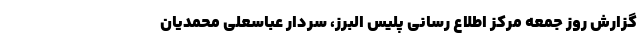
گزارش روز جمعه مرکز اطلاع رسانی پلیس البرز، سردار عباسعلی محمدیان